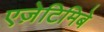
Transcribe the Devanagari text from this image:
एज़ेटिमिबे